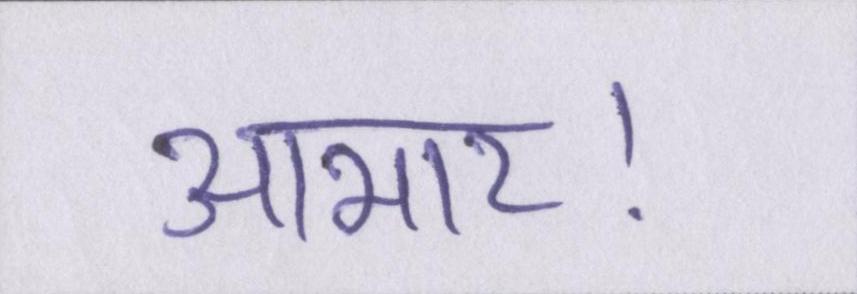
आभार।